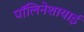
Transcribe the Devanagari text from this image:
पॉलिनेशायाई